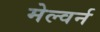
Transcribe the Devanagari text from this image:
मेल्वर्न